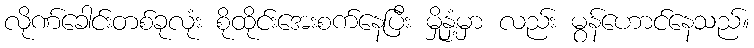
လိုဏ်ခေါင်းတစ်ခုလုံး စိုထိုင်းအေးစက်နေပြီး မှိုနှံ့မှာ လည်း မွန်ဟောင်နေသည်။